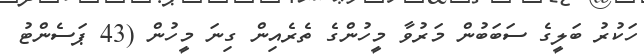
ހަކުރު ބަލީގެ ސަބަބުން މަރުވާ މީހުންގެ ތެރެއިން ގިނަ މީހުން (43 ޕަސެންޓު